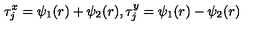
\tau _ { j } ^ { x } = \psi _ { 1 } ( r ) + \psi _ { 2 } ( r ) , \tau _ { j } ^ { y } = \psi _ { 1 } ( r ) - \psi _ { 2 } ( r )